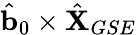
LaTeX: \hat{\mathbf{b}}_{0}\times\hat{\mathbf{X}}_{GSE}